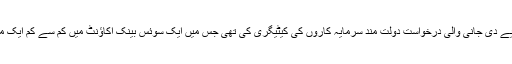
زمیرہ کی برطانوی حکومت کو ویزا کے لیے دی جانی والی درخواست دولت مند سرمایہ کاروں کی کیٹیگری کی تھی جس میں ایک سوئس بینک اکاؤنٹ میں کم سے کم ایک ملین پاؤنڈز کی رقم کا موجود ہونا شرط ہے۔